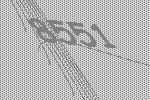
8551